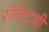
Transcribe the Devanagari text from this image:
रॉकेटशी